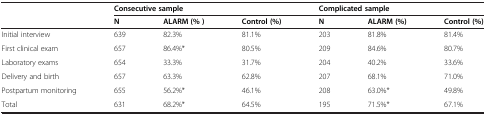
<table><thead><tr><td><b> </b></td><td colspan="3"><b>Consecutive sample</b></td><td colspan="3"><b>Complicated sample</b></td></tr><tr><td><b> </b></td><td><b>N</b></td><td><b>ALARM (% )</b></td><td><b>Control (%)</b></td><td><b>N</b></td><td><b>ALARM (%)</b></td><td><b>Control (%)</b></td></tr></thead><tbody><tr><td>Initial interview</td><td>639</td><td>82.3%</td><td>81.1%</td><td>203</td><td>81.8%</td><td>81.4%</td></tr><tr><td>First clinical exam</td><td>657</td><td>86.4%*</td><td>80.5%</td><td>209</td><td>84.6%</td><td>80.7%</td></tr><tr><td>Laboratory exams</td><td>654</td><td>33.3%</td><td>31.7%</td><td>204</td><td>40.2%</td><td>33.6%</td></tr><tr><td>Delivery and birth</td><td>657</td><td>63.3%</td><td>62.8%</td><td>207</td><td>68.1%</td><td>71.0%</td></tr><tr><td>Postpartum monitoring</td><td>655</td><td>56.2%*</td><td>46.1%</td><td>208</td><td>63.0%*</td><td>49.8%</td></tr><tr><td>Total</td><td>631</td><td>68.2%*</td><td>64.5%</td><td>195</td><td>71.5%*</td><td>67.1%</td></tr></tbody></table>